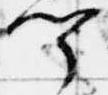
聞